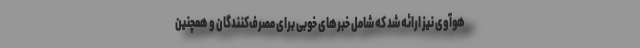
هوآوی نیز ارائه شد که شامل خبرهای خوبی برای مصرف‌کنندگان و همچنین